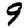
Digit: 9